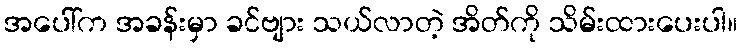
အပေါ်က အခန်းမှာ ခင်ဗျား သယ်လာတဲ့ အိတ်ကို သိမ်းထားပေးပါ။